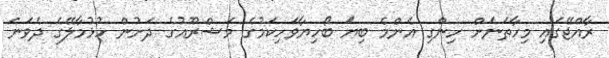
ރާއްޖޭގައި މިހާތަނަށް ހިންގި އެންމެ ބިޔަ ބޯހިޔާވަހިކަމުގެ މަޝްރޫއުގެ ދަށުން ހުޅުމާލޭގެ ދެވަނަ